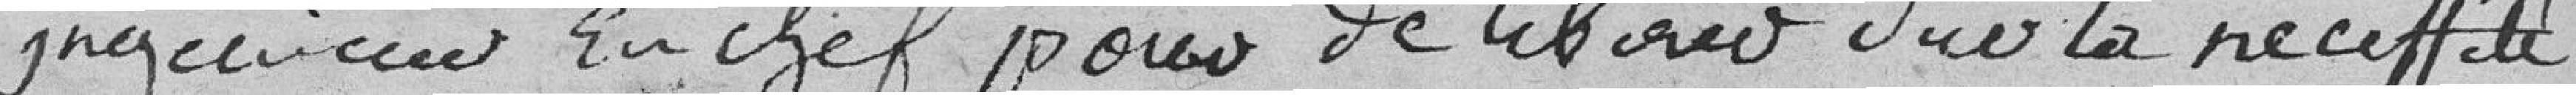
ingénieur en chef pour délibérer sur la nécessité